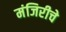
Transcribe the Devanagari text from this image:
मंजिरीचे